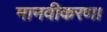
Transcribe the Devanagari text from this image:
मानवीकरण।